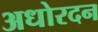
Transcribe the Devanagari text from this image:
अधोरदन